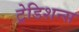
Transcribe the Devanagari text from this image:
ट्रेडिशन्स